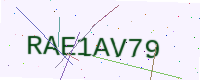
Text: RAE1AV79